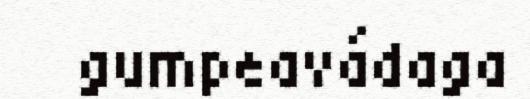
gumpeavádaga